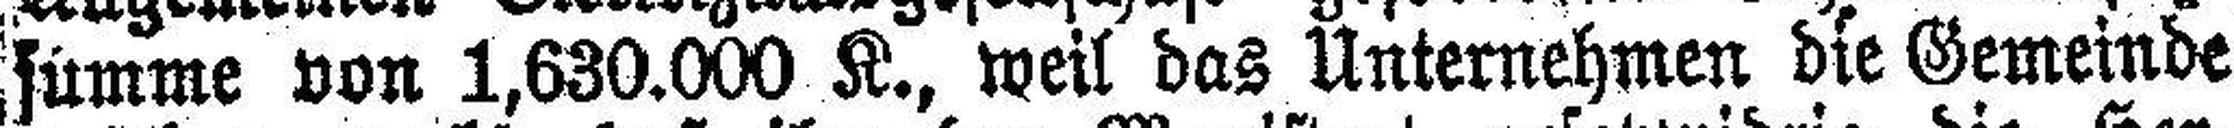
summe von 1,630.000 K., weil das Unternehmen die Gemeinde